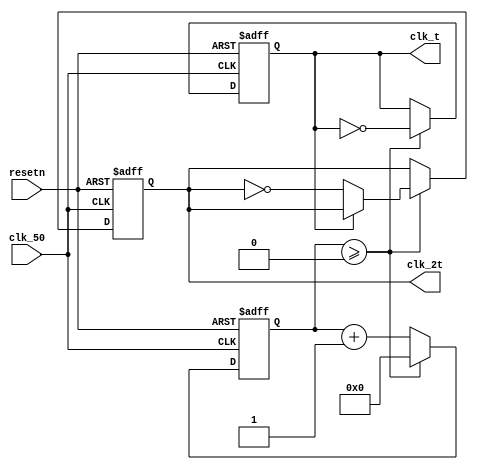
module clock_cpu(clk_50, resetn, clk_t, clk_2t);
	input 	clk_50, resetn;
	output	clk_t;
	output 	clk_2t;
	reg		clk_t;
	reg		clk_2t;
	reg [31:0] cnt;
	parameter CYCLE = 2;  // the number of cycles of 1 clk_t on board clock
	
	initial begin
		clk_t <= 0;
		clk_2t <= 0;
		cnt <= 0;
	end
	
	always @ (posedge clk_50 or negedge resetn)
		begin
			if (!resetn) begin
				clk_t <= 0;
				clk_2t <= 0;
				cnt <= 0;
			end
			else begin
				if (cnt >= CYCLE/2 - 1) begin
					cnt <= 0;
					clk_t <= ~clk_t;
					if (!clk_t) begin
						clk_2t <= ~clk_2t;
					end
				end
				else begin
					cnt <= cnt + 1;
				end
			end
		end
endmodule